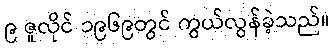
၉ ဇူလိုင် ၁၉၆၉တွင် ကွယ်လွန်ခဲ့သည်။